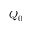
Q _ { 0 }